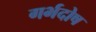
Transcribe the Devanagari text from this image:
गर्भदोष